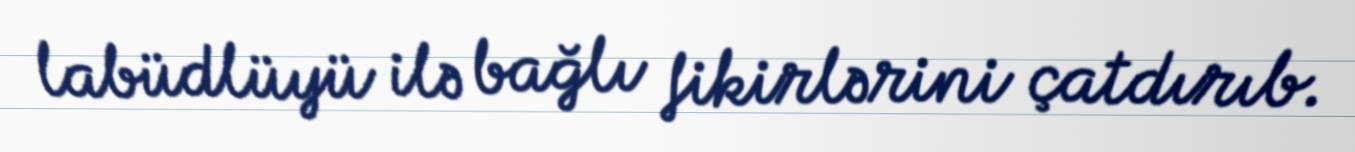
labüdlüyü ilə bağlı fikirlərini çatdırıb.